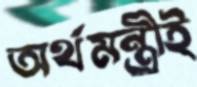
অর্থমন্ত্রীই